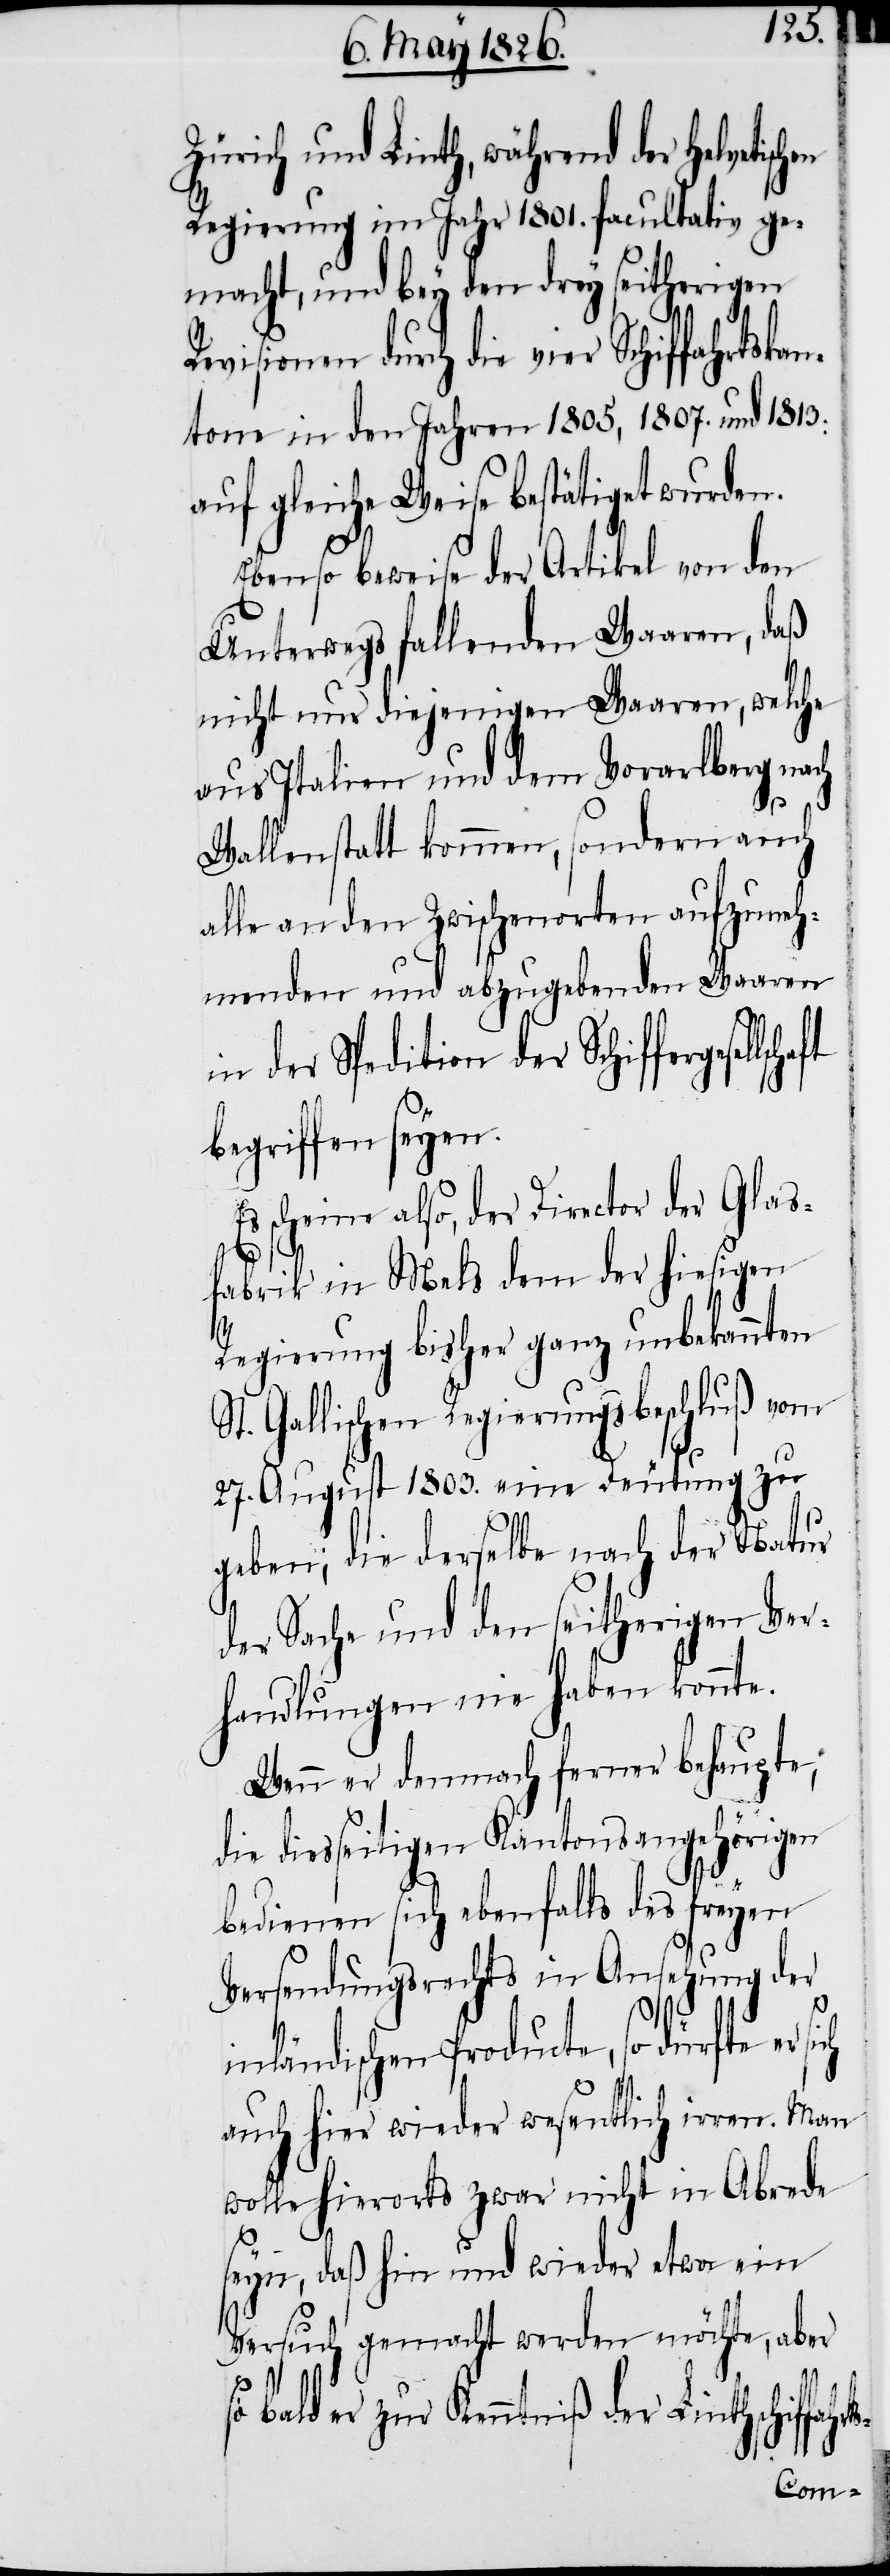
hrts-
Zürich und Linth, während der Helvetisch¬
Regierung im Jahr 1801. facultativ ge¬
macht, und bey den drey seitherigen
evisionen durch die vier Schiffahrts¬
tone in den Jahren 1805, 1807. und 1813:
auf gleiche Weise bestätiget wurden.
Ebenso beweise der Artikel von den
Unterwegs fallenden Waaren, daß
nicht nur diejenigen Waaren, welche
aus Italien und dem Vorarlberg nach
Wallenstatt kommen, sondern auch
alle an den Zwischenorten aufzuneh¬
menden und abzugebenden Waaren
in der Spedition der Schiffergesel¬
begriffen seyen.
scheine also, der Director der Glas¬
fabrik in Mels dem der hiesigen
Regierung bisher ganz unbekannten
St. Gallischen Regierungsbeschluß vom
27. August 1803. eine Deutung zu
geben, die derselbe nach der Natur
der Sache und den seitherigen Ver¬
handlungen nie haben konnte.
Wenn er demnach ferner behaupte,
die diesseitigen Kantonsangehörigen
bedienen sich ebenfalls des freyen
Versendungsrechts in Ansehnung der
inländischen Producte, so dürfte er
auch hier wieder wesentlich irren. Man
wolle hierorts zwar nicht in Abrede
seyn, daß hin und wieder etwa ein
Versuch gemacht werden möchte, aber
bald er zur Kenntniß der Linthschiffa¬
kan¬